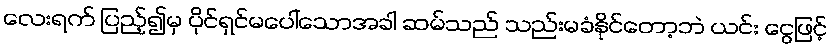
လေးရက် ပြည့်၍မှ ပိုင်ရှင်မပေါ်သောအခါ ဆမ်သည် သည်းမခံနိုင်တော့ဘဲ ယင်း ငွေဖြင့်